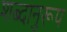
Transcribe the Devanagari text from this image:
शब्दानुरूप